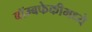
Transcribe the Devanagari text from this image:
बॉम्बफेकीमध्ये